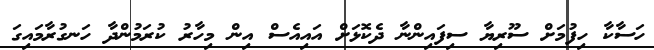
ހަސާކާ ހިފުމަށް ސޫރިޔާ ސިފައިންނާ ދެކޮޅަށް އައިއެސް އިން މިހާރު ކުރަމުންދާ ހަނގުރާމައިގަ